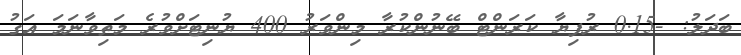
ބަދަލު: -0.15 ރުފިޔާ ކަރަންޓް ބޭނުންކުރާ މިންވަރު 400 ޔުނިޓަށްވުރެ މަތިވާނަމަ އަގު